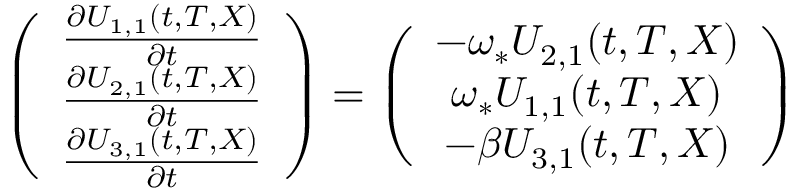
\begin{array} { r } { \left( \begin{array} { c } { \frac { \partial U _ { 1 , 1 } ( t , T , X ) } { \partial t } } \\ { \frac { \partial U _ { 2 , 1 } ( t , T , X ) } { \partial t } } \\ { \frac { \partial U _ { 3 , 1 } ( t , T , X ) } { \partial t } } \end{array} \right) = \left( \begin{array} { c } { - \omega _ { * } U _ { 2 , 1 } ( t , T , X ) } \\ { \omega _ { * } U _ { 1 , 1 } ( t , T , X ) } \\ { - \beta U _ { 3 , 1 } ( t , T , X ) } \end{array} \right) } \end{array}